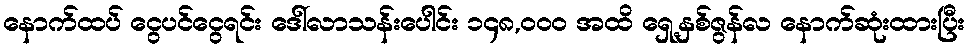
နောက်ထပ် ငွေပင်ငွေရင်း ဒေါ်လာသန်းပေါင်း ၁၄၈,၀၀၀ အထိ ရှေ့နှစ်ဇွန်လ နောက်ဆုံးထားပြီး